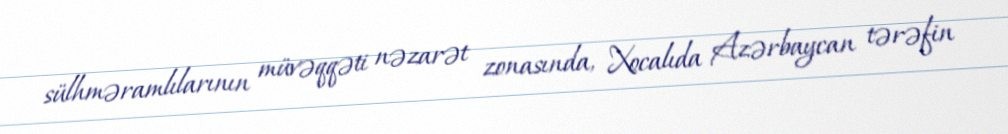
sülhməramlılarının müvəqqəti nəzarət zonasında, Xocalıda Azərbaycan tərəfin